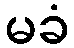
မခံ